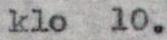
klo 10.